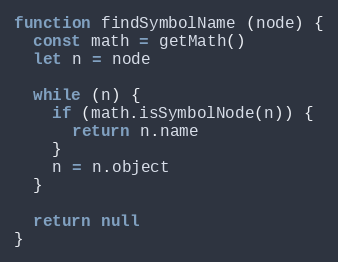
Language: JavaScript
function findSymbolName (node) {
  const math = getMath()
  let n = node

  while (n) {
    if (math.isSymbolNode(n)) {
      return n.name
    }
    n = n.object
  }

  return null
}